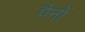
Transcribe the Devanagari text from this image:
पैनों